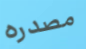
مصدره